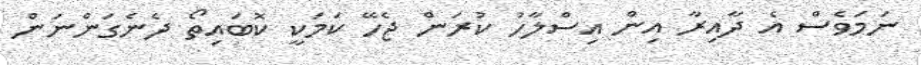
ނަމަވެސް އެ ދާއިރާ އިން އިސްލާހު ކުރަން ޖެހޭ ކަމަކީ ކޮބައިތޯ ދެނެގަންނަން